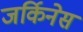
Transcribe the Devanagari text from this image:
जर्किनेस